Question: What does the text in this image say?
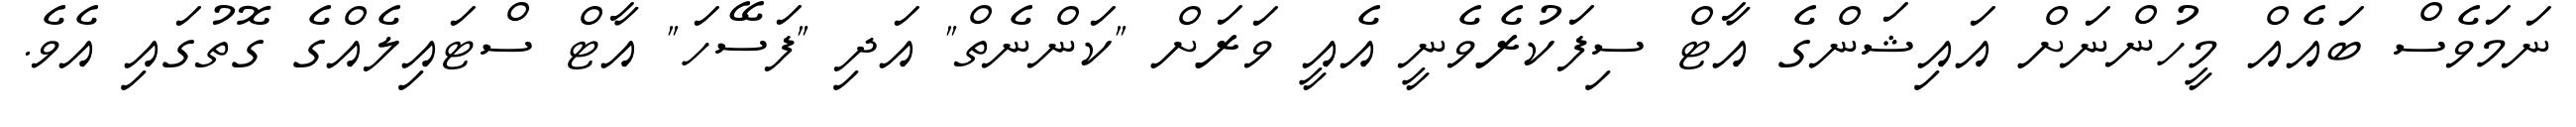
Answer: ނަމަވެސް ބައެއް މީހުންނަށް އައިޝަންގެ އާޓް ސިފަކުރެވެނީ އެއީ ވަރަށް "ކަންނެތް" އަދި "ފަސޭހަ" އާޓް ސްޓައިލެއްގެ ގޮތުގައި އެވެ.